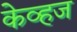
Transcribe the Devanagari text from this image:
केव्हज